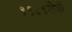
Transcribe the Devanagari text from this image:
१९८९रोजी